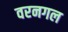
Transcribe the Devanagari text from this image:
वरनगल